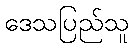
ဒေသပြည်သူ